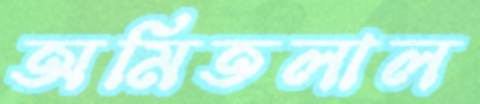
অমিতলাল